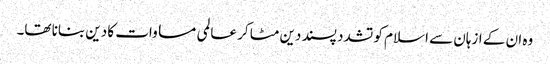
وہ ان کے ازہان سے اسلام کو تشدد پسند دین مٹا کر عالمی مساوات کا دین بنانا تھا۔